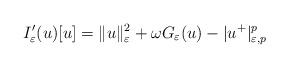
LaTeX: \begin{align*}I_{\varepsilon}'(u)[u]=\|u\|_{\varepsilon}^{2}+\omega G_{\varepsilon}(u)-|u^{+}|_{\varepsilon,p}^{p}\end{align*}